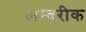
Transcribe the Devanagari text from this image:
अम्बरीक